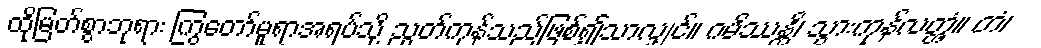
ထိုမြတ်စွာဘုရား ကြွတော်မူရာအရပ်သို့ ညွတ်ကုန်သည်ဖြစ်၍သာလျှင်။ ဂမိဿန္တိ၊ သွားကုန်လတ္တံ့။ တံ၊